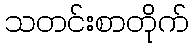
သတင်းစာတိုက်